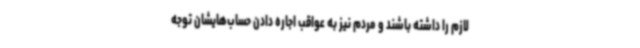
لازم را داشته باشند و مردم نیز به عواقب اجاره دادن حساب‌هایشان توجه